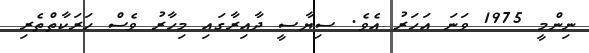
ނިންމީ 1975 ވަނަ އަހަރު އެވެ. ސިޔާސީ ދާއިރާގައި މިހާރު ވެސް ހަރަކާތްތެރި